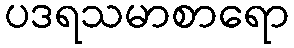
ပဒရသမာစာရော